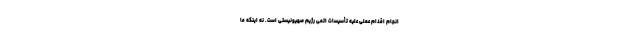
انجام اقدام عملی علیه تأسیسات اتمی رژیم صهیونیستی است. نه اینکه ما